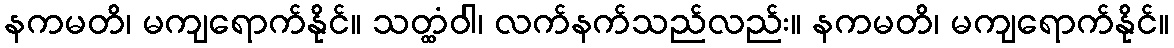
နကမတိ၊ မကျရောက်နိုင်။ သတ္ထံဝါ၊ လက်နက်သည်လည်း။ နကမတိ၊ မကျရောက်နိုင်။